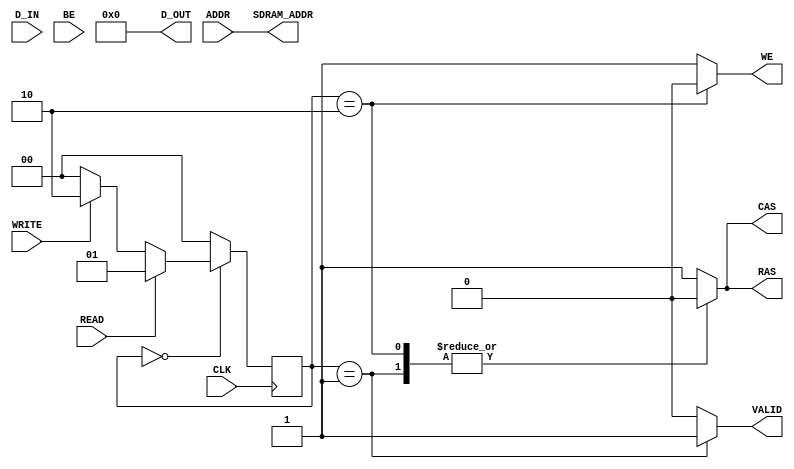
module sdram_io_block (
    input wire CLK,            // Clock signal
    input wire READ,          // Read enable signal
    input wire WRITE,         // Write enable signal
    input wire [15:0] ADDR,   // Address lines (16-bit address)
    input wire [31:0] D_IN,   // Data input lines (32-bit data)
    input wire [3:0] BE,      // Byte enable signals (4 bytes)
    output reg [31:0] D_OUT,   // Data output lines (32-bit data)
    output reg VALID,         // Valid output signal
    // SDRAM control signals
    output reg RAS,          // Row Address Strobe
    output reg CAS,          // Column Address Strobe
    output reg WE,           // Write Enable
    output reg [15:0] SDRAM_ADDR // SDRAM address lines (16 bits)
);

    // Internal states
    localparam IDLE = 2'b00;
    localparam READ_OP = 2'b01;
    localparam WRITE_OP = 2'b10;

    reg [1:0] state, next_state;

    // State machine for control logic
    always @(posedge CLK) begin
        state <= next_state;
    end

    always @(*) begin
        // Default outputs
        RAS = 1'b1; // Active low
        CAS = 1'b1; // Active low
        WE = 1'b1;  // Active low
        VALID = 1'b0;
        D_OUT = 32'b0;
        SDRAM_ADDR = ADDR;

        case (state)
            IDLE: begin
                if (READ) begin
                    next_state = READ_OP;
                end else if (WRITE) begin
                    next_state = WRITE_OP;
                end else begin
                    next_state = IDLE;
                end
            end

            READ_OP: begin
                // Perform read operation
                RAS = 1'b0; // Activate row
                CAS = 1'b0; // Activate column
                WE = 1'b1;  // Read operation (WE high)
                VALID = 1'b1; // Output data is valid
                // Here we would typically capture the data from SDRAM
                // For simulation, we will assume D_OUT is captured correctly
                // In a real implementation, this would involve additional timing
                // and data capture logic.
                next_state = IDLE; // Return to idle after operation
            end

            WRITE_OP: begin
                // Perform write operation
                RAS = 1'b0; // Activate row
                CAS = 1'b0; // Activate column
                WE = 1'b0;  // Write operation (WE low)
                // Here we would typically send D_IN to SDRAM
                // For simulation, we assume the write is successful
                next_state = IDLE; // Return to idle after operation
            end

            default: begin
                next_state = IDLE; // Default to idle state
            end
        endcase
    end

endmodule